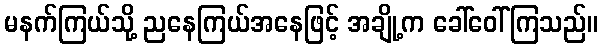
မနက်ကြယ်သို့ ညနေကြယ်အနေဖြင့် အချို့က ခေါ်ဝေါ်ကြသည်။